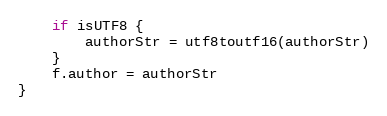
Language: Go
	if isUTF8 {
		authorStr = utf8toutf16(authorStr)
	}
	f.author = authorStr
}